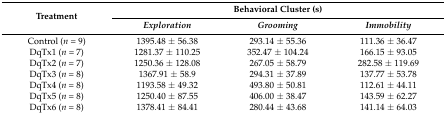
| <ROWSPAN=2> Treatment | <COLSPAN=3> Behavioral Cluster (s) |
 | Exploration | Grooming | Immobility |
 | --- | --- | --- | --- |
 | Control (n = 9) | 1395.48 ± 56.38 | 293.14 ± 55.36 | 111.36 ± 36.47 |
 | DqTx1 (n = 7) | 1281.37 ± 110.25 | 352.47 ± 104.24 | 166.15 ± 93.05 |
 | DqTx2 (n = 7) | 1250.36 ± 128.08 | 267.05 ± 58.79 | 282.58 ± 119.69 |
 | DqTx3 (n = 8) | 1367.91 ± 58.9 | 294.31 ± 37.89 | 137.77 ± 53.78 |
 | DqTx4 (n = 8) | 1193.58 ± 49.32 | 493.80 ± 50.81 | 112.61 ± 44.11 |
 | DqTx5 (n = 8) | 1250.40 ± 87.55 | 406.00 ± 38.47 | 143.59 ± 62.27 |
 | DqTx6 (n = 8) | 1378.41 ± 84.41 | 280.44 ± 43.68 | 141.14 ± 64.03 |